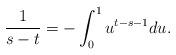
LaTeX: \begin{align*} \frac{1}{s-t} = -\int_0^1 u^{t-s-1} du.\end{align*}